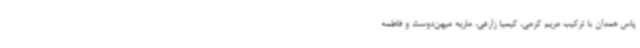
پاس همدان با ترکیب مریم کرمی، کیمیا زارعی، ماریه میهن‌دوست و فاطمه